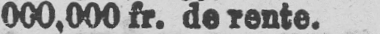
000,000 fr. de rente.